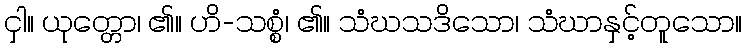
ငှါ။ ယုတ္တော၊ ၏။ ဟိ-သစ္စံ၊ ၏။ သံဃသဒိသော၊ သံဃာနှင့်တူသော။